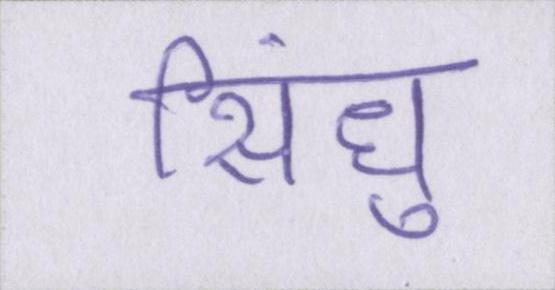
सिंधु